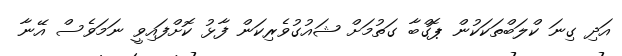
އަދި ގިނަ ކްލަބްތަކަކުން ޕޮގްބާ ގަތުމަށް ޝައުގުވެރިކަން ފާޅު ކޮށްފައިވީ ނަމަަވެސް އޭނާ